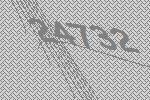
24732